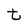
Character: t